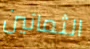
الثمانين